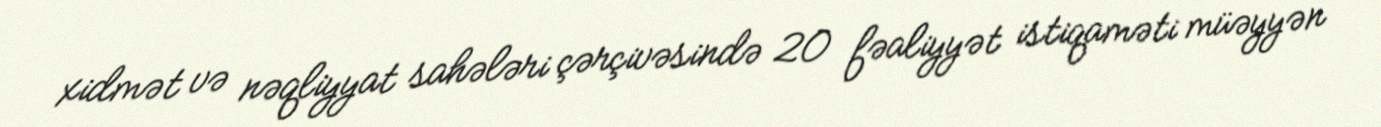
xidmət və nəqliyyat sahələri çərçivəsində 20 fəaliyyət istiqaməti müəyyən